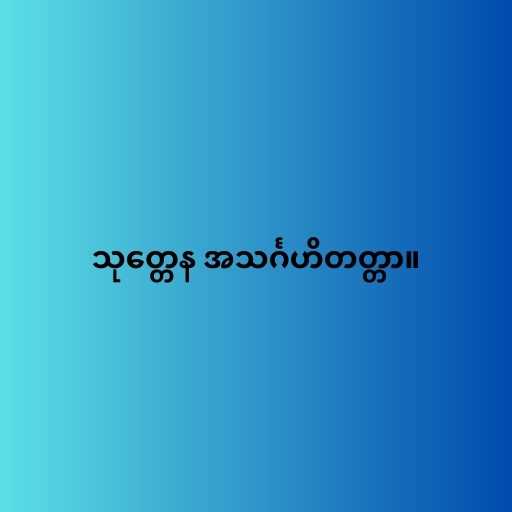
သုတ္တေန အသင်္ဂဟိတတ္တာ။